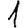
Digit: 1